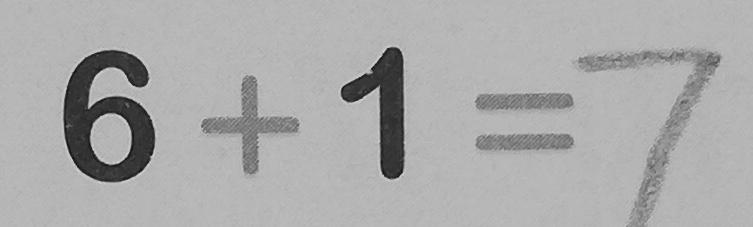
6 + 1 = 7